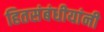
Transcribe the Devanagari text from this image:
हितसंबंधीयांनी